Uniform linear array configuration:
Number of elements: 32
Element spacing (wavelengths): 0.25
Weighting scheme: cosine
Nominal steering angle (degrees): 60
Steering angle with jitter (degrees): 60.315
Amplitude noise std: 0.05
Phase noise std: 0.05

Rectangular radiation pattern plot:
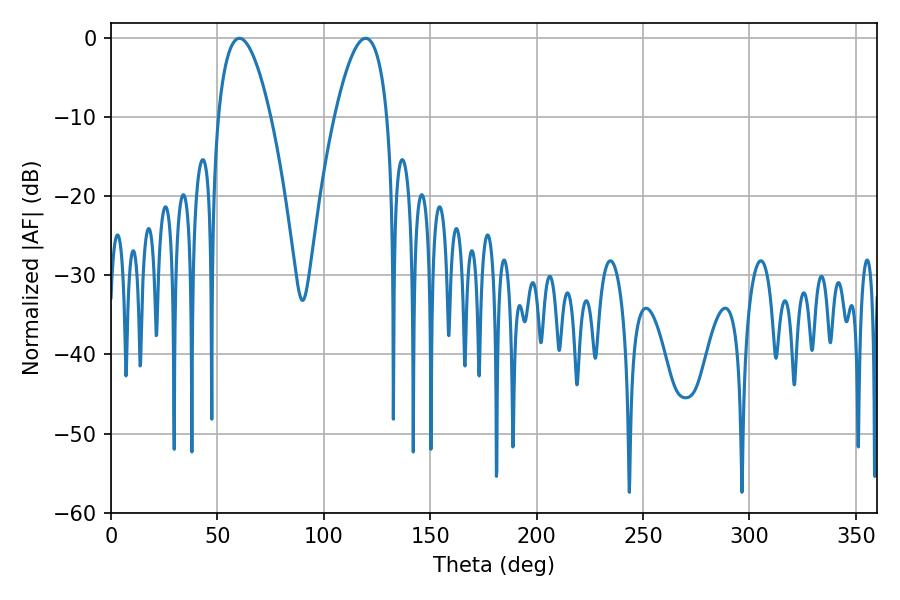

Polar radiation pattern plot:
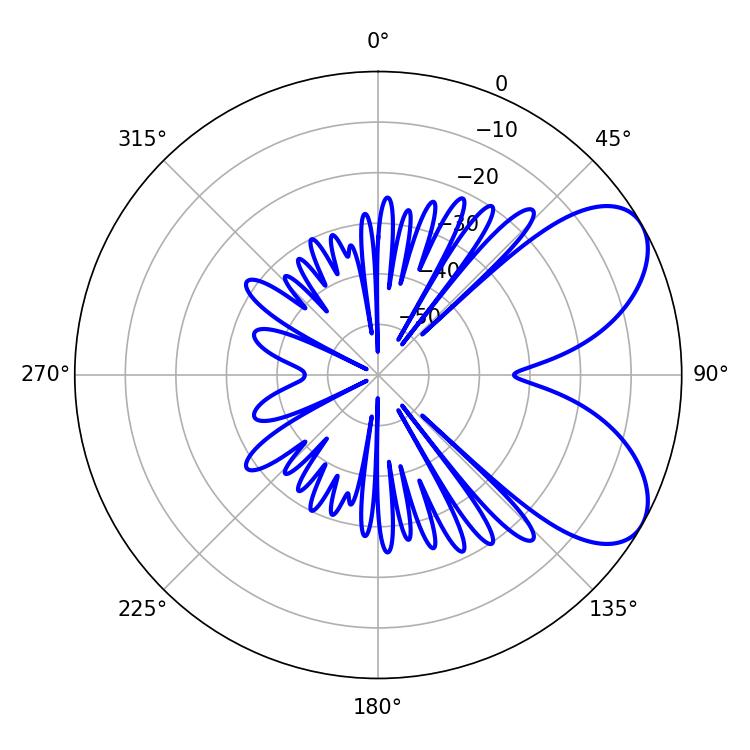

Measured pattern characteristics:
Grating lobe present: FALSE
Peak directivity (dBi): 6.482
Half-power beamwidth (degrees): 13.68
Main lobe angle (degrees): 60.3